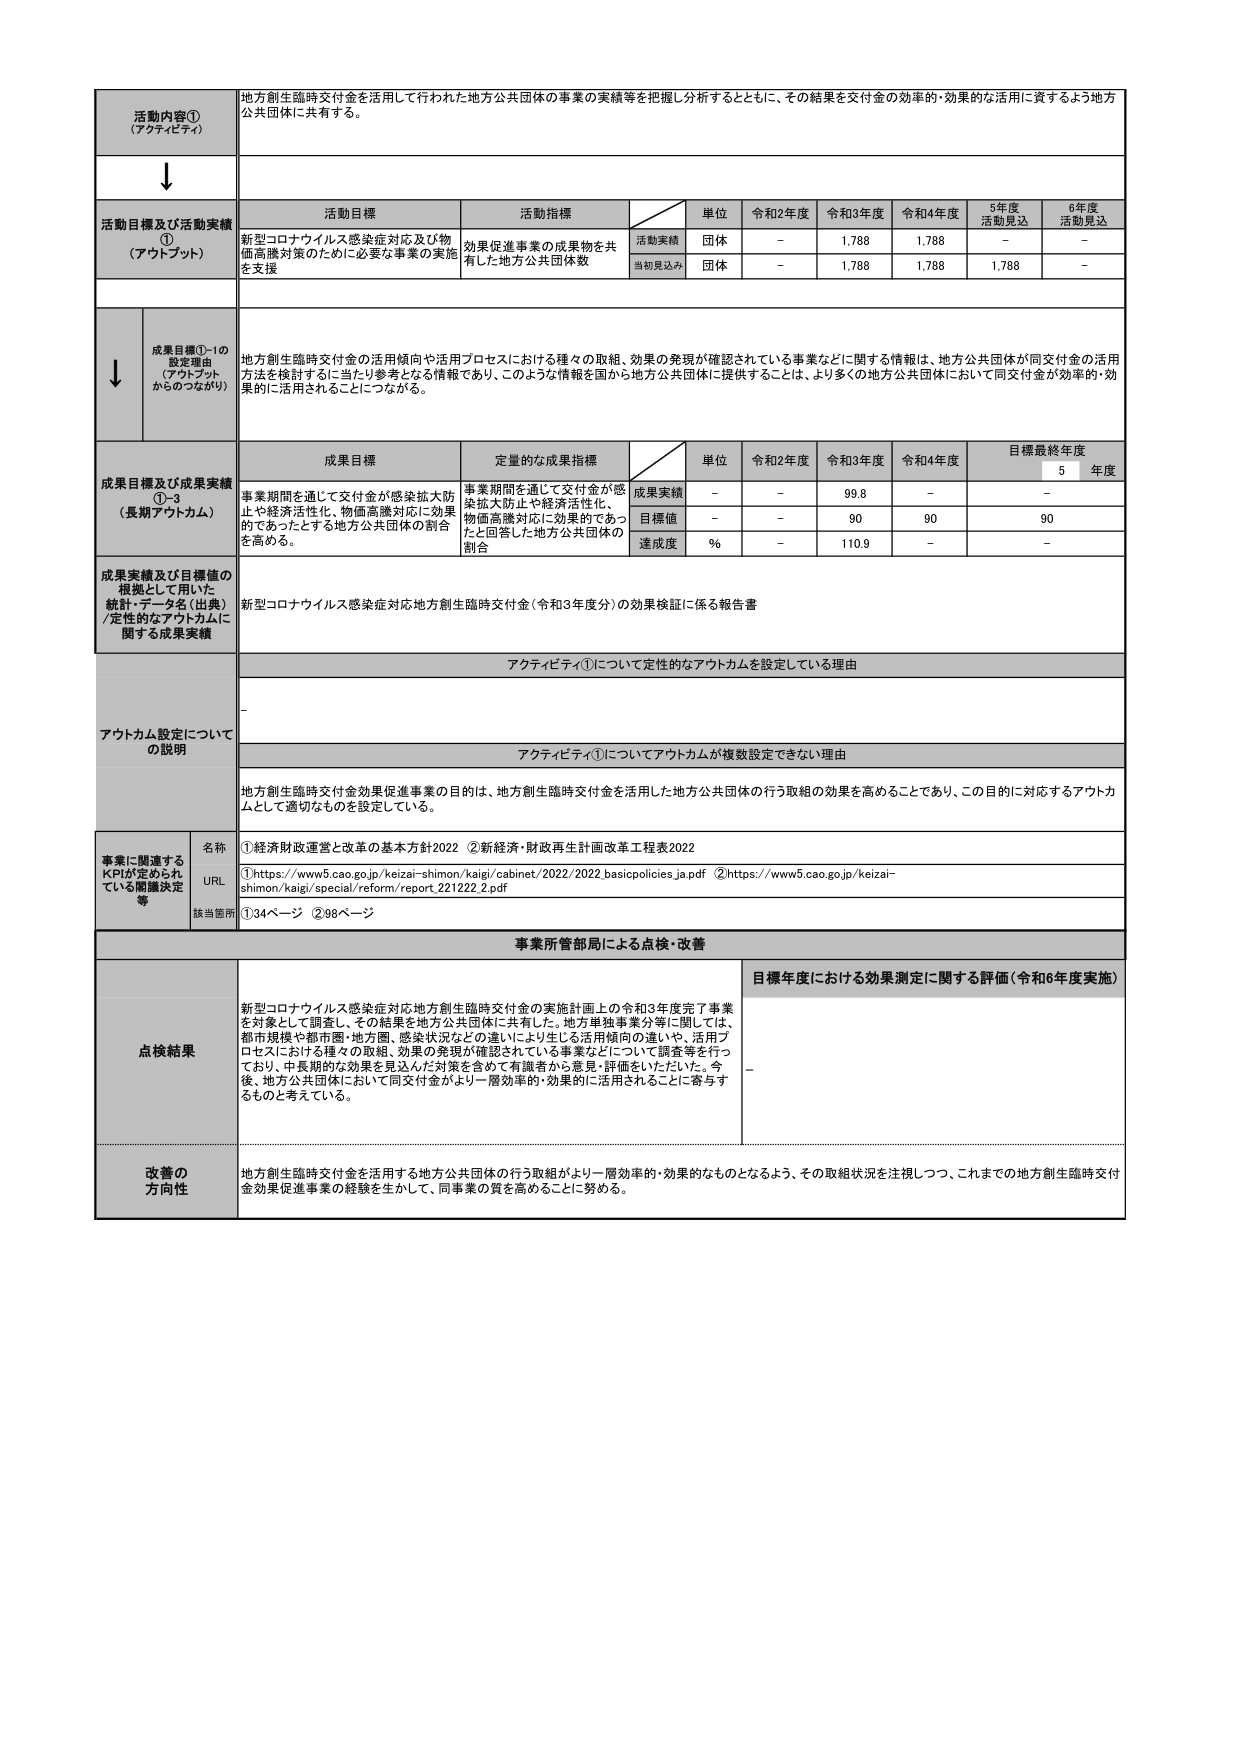
活動内容①
（アクティビティ）
地方創生臨時交付金を活用して行われた地方公共団体の事業の実績等を把握し分析するとともに、その結果を交付金の効率的・効果的な活用に資するよう地方公共団体に共有する。

↓

活動目標及び活動実績①
（アウトプット）
活動目標
活動指標
単位
令和2年度
令和3年度
令和4年度
5年度
活動見込
6年度
活動見込
新型コロナウイルス感染症対応及び物価高騰対策のために必要な事業の実施を支援
効果促進事業の成果物を共有した地方公共団体数
活動実績
団体
－
1,788
1,788
－
－
当初見込み
団体
－
1,788
1,788
1,788
－

↓

成果目標①-1の設定理由
（アウトプットからのつながり）
地方創生臨時交付金の活用傾向や活用プロセスにおける種々の取組、効果の発現が確認されている事業などに関する情報は、地方公共団体が同交付金の活用方法を検討するに当たり参考となる情報であり、このような情報を国から地方公共団体に提供することは、より多くの地方公共団体において同交付金が効率的・効果的に活用されることにつながる。

成果目標及び成果実績①-3
（長期アウトカム）
成果目標
定量的な成果指標
単位
令和2年度
令和3年度
令和4年度
目標最終年度
5年度
事業期間を通じて交付金が感染拡大防止や経済活性化、物価高騰対応に効果的であったとする地方公共団体の割合を高める。
事業期間を通じて交付金が感染拡大防止や経済活性化、物価高騰対応に効果的であったと回答した地方公共団体の割合
成果実績
－
－
99.8
－
－
目標値
－
－
90
90
90
達成度
％
－
110.9
－
－

成果実績及び目標値の根拠として用いた統計・データ名（出典）/定性的なアウトカムに関する成果実績
新型コロナウイルス感染症対応地方創生臨時交付金（令和3年度分）の効果検証に係る報告書

アウトカム設定についての説明
アクティビティ①について定性的なアウトカムを設定している理由
－
アクティビティ①についてアウトカムが複数設定できない理由
地方創生臨時交付金効果促進事業の目的は、地方創生臨時交付金を活用した地方公共団体の行う取組の効果を高めることであり、この目的に対応するアウトカムとして適切なものを設定している。

事業に関連するKPIが定められている関連決定等
名称
①経済財政運営と改革の基本方針2022　②新経済・財政再生計画改革工程表2022
URL
①https://www5.cao.go.jp/keizai-shimon/kaigi/cabinet/2022/2022_basicpolicies_ja.pdf　②https://www5.cao.go.jp/keizai-shimon/kaigi/special/reform/report_221222_2.pdf
該当箇所
①34ページ　②98ページ

事業所管部局による点検・改善
点検結果
新型コロナウイルス感染症対応地方創生臨時交付金の実施計画上の令和3年度完了事業を対象として調査し、その結果を地方公共団体に共有した。地方単独事業分等に関しては、都市規模や都市圏・地方圏、感染状況などの違いにより生じる活用傾向の違いや、活用プロセスにおける種々の取組、効果の発現が確認されている事業などについて調査等を行っており、中長期的な効果を見込んだ対策を含めて有識者から意見・評価をいただいた。今後、地方公共団体において同交付金がより一層効率的・効果的に活用されることに寄与するものと考えている。
目標年度における効果測定に関する評価（令和6年度実施）
－

改善の方向性
地方創生臨時交付金を活用する地方公共団体の行う取組がより一層効率的・効果的なものとなるよう、その取組状況を注視しつつ、これまでの地方創生臨時交付金効果促進事業の経験を生かして、同事業の質を高めることに努める。